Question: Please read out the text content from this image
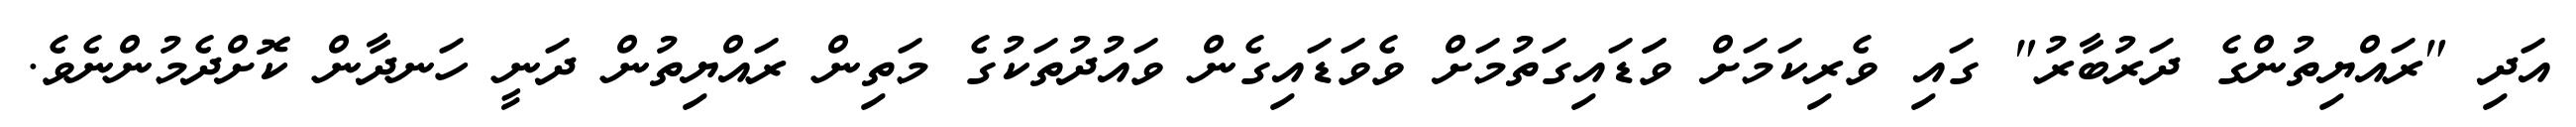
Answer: އަދި "ރައްޔިތުންގެ ދަރުބާރު" ގައި ވެރިކަމަށް ވަަޑައިގަތުމަށް ވެވަޑައިގެން ވައުދުތަކުގެ މަތިން ރައްޔިތުން ދަނީ ހަނދާން ކޮށްދެމުންނެވެ.